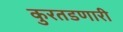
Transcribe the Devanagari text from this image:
कुरतडणारी